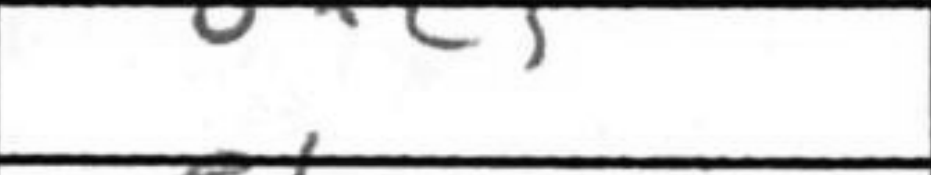
Transcription: Bxc3